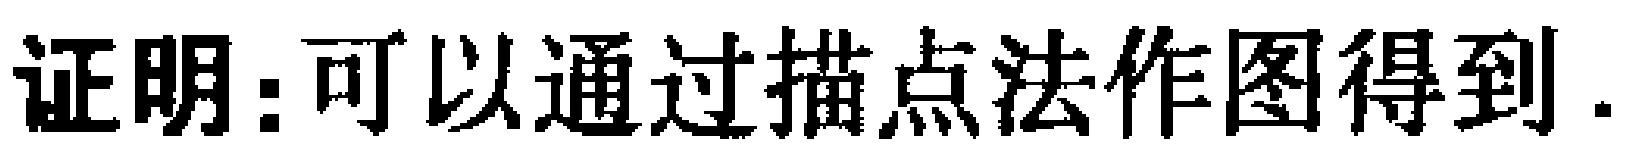
证明：可以通过描点法作图得到.